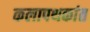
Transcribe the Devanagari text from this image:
कलापथकांत